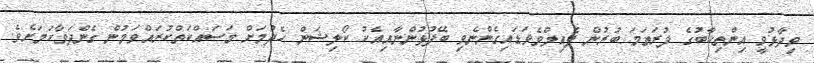
ވިދާޅުވީ އިންތިޚާބުގެ ފުރަތަމަ ބުރުން ފެއިލްވެވަޑައިގެންނެވި ބޭފުޅުންނާއިއެކު ކޯލިޝަން ހެދުމަށް މަސައްކަތްކުރައްވަމުން ގެންދަވާކަމަށެވެ.